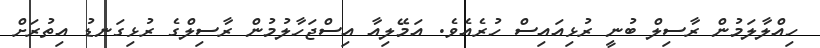
ހިއްލާލަމުން ރާސިލް ބުނީ ރުޅިއައިސް ހުރެއެވެ. އަމޭލިއާ އިސްޖަހާލުމުން ރާސިލްގެ ރުޅިގަނޑު އިތުރަށް